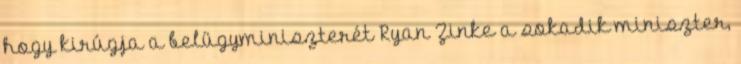
hogy kirúgja a belügyminiszterét Ryan Zinke a sokadik miniszter,